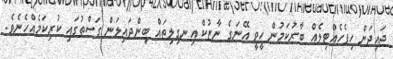
ޖައިދަން ހިފެހެއްޓިލެއް ބާރުކަމުން ހީވީ އޭނަގެ ނާޒުކް އިނގިލިތައް ބިންދައިލަން ގަސްތުގައި ކުރިކަމެއްހެނެވެ.